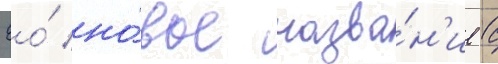
Ео́ но́вое назва́н'ие с